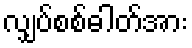
လျှပ်စစ်ဓါတ်အား